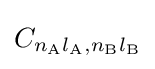
C_{n_{\mathrm {A} }l_{\mathrm {A} },n_{\mathrm {B} }l_{\mathrm {B} }}